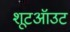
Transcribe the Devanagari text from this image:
शूटऑउट